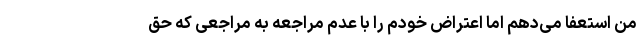
من استعفا می‌دهم اما اعتراض خودم را با عدم مراجعه به مراجعی که حق